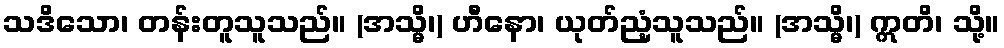
သဒိသော၊ တန်းတူသူသည်။ (အသ္မိ၊) ဟီနော၊ ယုတ်ညံ့သူသည်။ (အသ္မိ၊) ဣတိ၊ သို့။